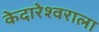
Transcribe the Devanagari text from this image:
केदारेश्वराला